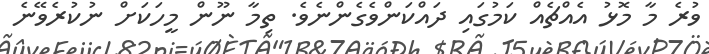
ވުރެ މާ މޮޅު އެއްޗެއް ކަމުގައި ދައްކަންވެގެންނެވެ. ތިމާ ނޫން މީހަކަށް ނުކުރެވޭނެ